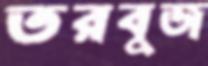
তরবুজ